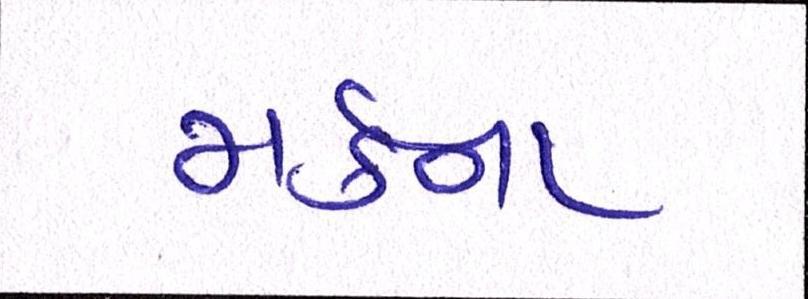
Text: મર્કના